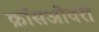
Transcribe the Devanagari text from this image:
क्रॉसओवरों